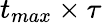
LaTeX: t_{max}\times\tau